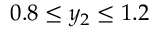
0 . 8 \leq y _ { 2 } \leq 1 . 2